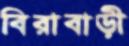
বিরাবাড়ী